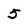
Character: 5